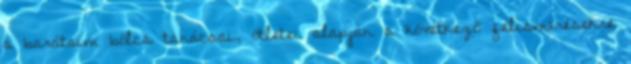
a barátaim bölcs tanácsai, ötletei alapján a következő felismerésekre